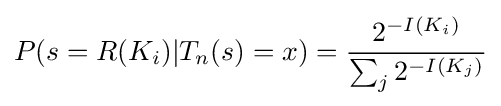
P(s=R(K_{i})|T_{n}(s)=x)={\frac {2^{-I(K_{i})}}{\sum _{j}2^{-I(K_{j})}}}